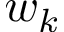
w _ { k }